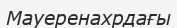
Мауеренахрдағы